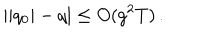
| | q _ { 0 } | - q | \leq O ( g ^ { 2 } T ) \, .